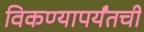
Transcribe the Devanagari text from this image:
विकण्यापर्यंतची